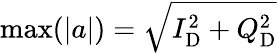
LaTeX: \operatorname*{max}(\lvert a\rvert)=\sqrt{I_{\mathrm{D}}^{2}+Q_{\mathrm{D}}^{2}}